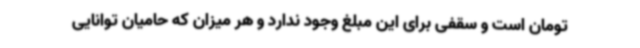
تومان است و سقفی برای این مبلغ وجود ندارد و هر میزان که حامیان توانایی